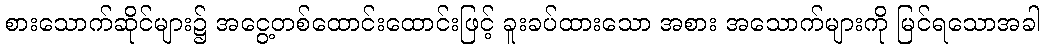
စားသောက်ဆိုင်များ၌ အငွေ့တစ်ထောင်းထောင်းဖြင့် ခူးခပ်ထားသော အစား အသောက်များကို မြင်ရသောအခါ